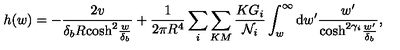
h ( w ) = - \frac { 2 v } { \delta _ { b } R \mathrm { c o s h } ^ { 2 } \frac { w } { \delta _ { b } } } + \frac { 1 } { 2 \pi R ^ { 4 } } \sum _ { i } \sum _ { K M } \frac { K G _ { i } } { { \cal N } _ { i } } \int _ { w } ^ { \infty } \mathrm { d } w ^ { \prime } \frac { w ^ { \prime } } { \mathrm { c o s h } ^ { 2 \gamma _ { i } } \frac { w ^ { \prime } } { \delta _ { b } } } ,